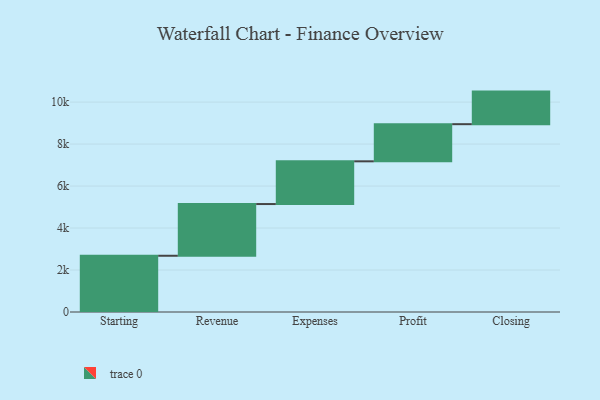
{"axis": {"x": "Step", "y": "Value"}, "legend": [""], "data": [{"x": "Starting", "y": 2679.0, "type": ""}, {"x": "Revenue", "y": 2464.0, "type": ""}, {"x": "Expenses", "y": 2035.0, "type": ""}, {"x": "Profit", "y": 1769.0, "type": ""}, {"x": "Closing", "y": 1552.0, "type": ""}]}